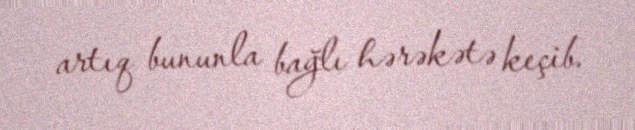
artıq bununla bağlı hərəkətə keçib.